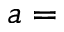
a =